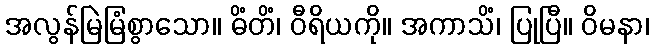
အလွန်မြဲမြံစွာသော။ ဓိံတိံ၊ ဝီရိယကို။ အကာသိံ၊ ပြုပြီ။ ဝိမနာ၊